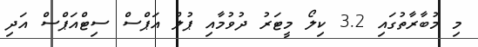
މި މުބާރާތުގައި 3.2 ކިލޯ މީޓަރު ދުވުމާއި ޕުލް އަޕްސް ސިޓްއަޕްސް އަދި